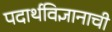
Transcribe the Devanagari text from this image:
पदार्थविज्ञानाची